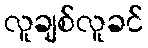
လူချစ်လူခင်